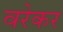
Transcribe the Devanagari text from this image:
वरेकर